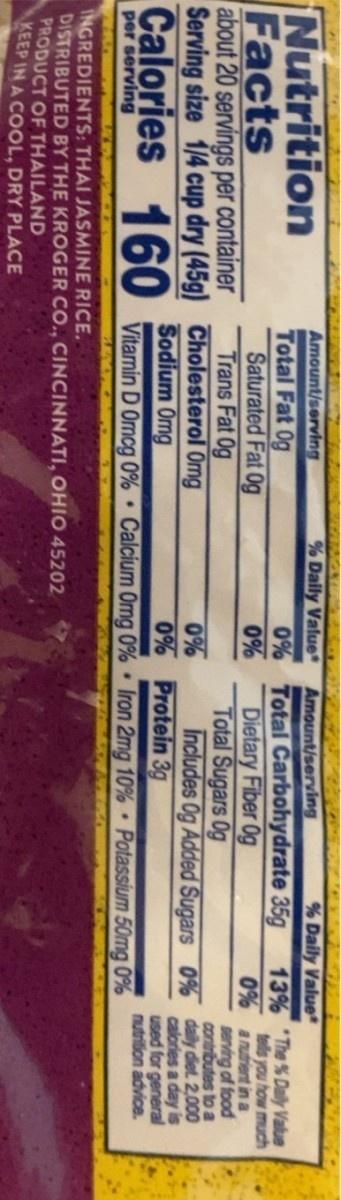
% Daily Value
% Daily Value
Nutrition Facts about 20 servings per container Serving size 1/4 cup dry (45g) Cholesterol Omg Calories 160
Amount/serving
Amount/serving
Total Fat 0g Saturated Fat Og Trans Fat 0g
0% Total Carbohydrate 35g Dietary Fiber Og Total Sugars Og
13% The % Daly Value tells you how much 0% a nutrient in a serving of food contributes to a
0%
0% 0% Protein 3g
Includes Og Added Sugars 0% daily diet. 2,000 calories a day is used for general nutrition advice.
Sodium Omg
per serving
Vitamin D Omcg 0% • Calcíum Omg 0% • Iron 2mg 10% Potassium 50mg 0%
INGREDIENTS: THAI JASMINE RICE. DISTRIBUTED BY THE KROGER CO., CINCINNATI, OHIO 45202 PRODUCT OF THAILAND KEEP IN A COOL, DRY PLACE